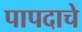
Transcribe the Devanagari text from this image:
पापदाचे